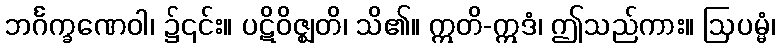
ဘင်္ဂက္ခဏေဝါ၊ ၌၎င်း။ ပဋိဝိဇ္ဈတိ၊ သိ၏။ ဣတိ-ဣဒံ၊ ဤသည်ကား။ ဩပမ္မံ၊